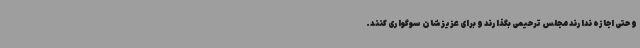
و حتی اجازه ندارند مجلس ترحیمی بگذارند و برای عزیزشان سوگواری کنند.